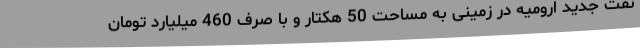
نفت جدید ارومیه در زمینی به مساحت 50 هکتار و با صرف 460 میلیارد تومان